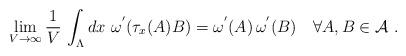
LaTeX: \begin{align*}\lim_{V \to \infty} \frac{1}{V} \, \int_{\Lambda}d{x}\ \omega^{'}(\tau_{{x}}(A) B)= \omega^{'}(A) \, \omega^{'}(B) \ \ \ \forall A,B \in {\cal A} \ .\end{align*}